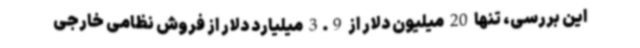
این بررسی، تنها 20 میلیون دلار از 3.9 میلیارد دلار از فروش نظامی خارجی